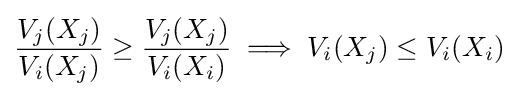
{\frac {V_{j}(X_{j})}{V_{i}(X_{j})}}\geq {\frac {V_{j}(X_{j})}{V_{i}(X_{i})}}\implies V_{i}(X_{j})\leq V_{i}(X_{i})